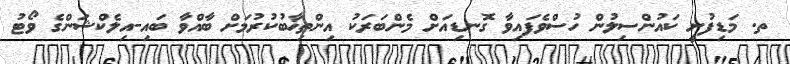
ތ. މަޑިފުށީ ކައުންސިލުން ހުސްވެފައިވާ ގޮނޑިއަށް މެންބަރަކު އިންތިޚާބުކުރުމަށް ބާއްވާ ބައި-އިލެކްޝަންގެ ވޯޓު